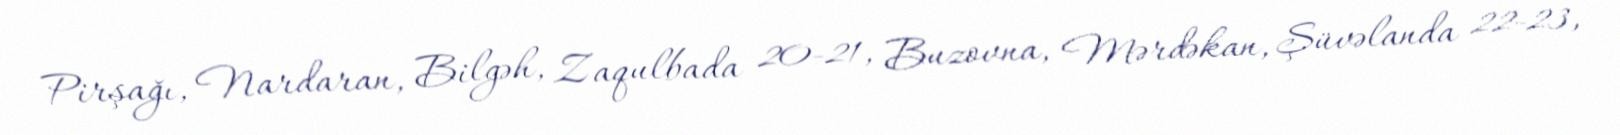
Pirşağı, Nardaran, Bilgəh, Zaqulbada 20-21, Buzovna, Mərdəkan, Şüvəlanda 22-23,